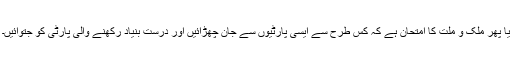
یا پھر ملک و ملت کا امتحان ہے کہ کس طرح سے ایسی پارٹیوں سے جان چھڑائیں اور درست بنیاد رکھنے والی پارٹی کو جتوائیں۔